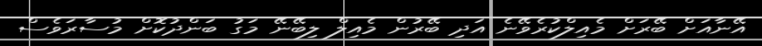
އޭނާއަށް ބޭރަށް މެއިލްކުރެވޭނެ އަދި ބޭރުން މެއިލް ލިބޭނޭ މަގު ބަންދުކޮށް މުސާރަވެސް